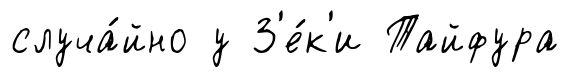
случа́йно у З'е́к'и Тайфура